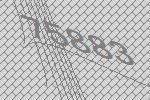
75883